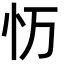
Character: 𭜌